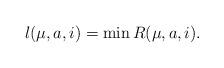
LaTeX: \begin{align*}l(\mu,a,i)=\min R{(\mu,a,i)}.\end{align*}